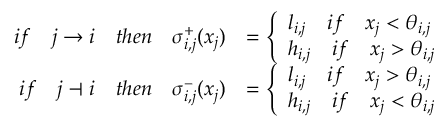
\begin{array} { r l } { i f \quad j \rightarrow i \quad t h e n \quad \sigma _ { i , j } ^ { + } ( x _ { j } ) } & { = \left\{ \begin{array} { l l } { l _ { i , j } \quad i f \quad x _ { j } < \theta _ { i , j } } \\ { h _ { i , j } \quad i f \quad x _ { j } > \theta _ { i , j } } \end{array} \right. } \\ { i f \quad j \dashv i \quad t h e n \quad \sigma _ { i , j } ^ { - } ( x _ { j } ) } & { = \left\{ \begin{array} { l l } { l _ { i , j } \quad i f \quad x _ { j } > \theta _ { i , j } } \\ { h _ { i , j } \quad i f \quad x _ { j } < \theta _ { i , j } } \end{array} \right. } \end{array}